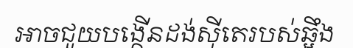
អាចជួយបង្កើនដង់ស៊ីតេរបស់ឆ្អឹង